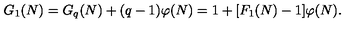
G _ { 1 } ( N ) = G _ { q } ( N ) + ( q - 1 ) \varphi ( N ) = 1 + [ F _ { 1 } ( N ) - 1 ] \varphi ( N ) .